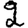
Digit: 2